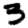
Digit: 3